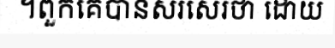
។ពួកគេបានសរសេរថា ដោយ